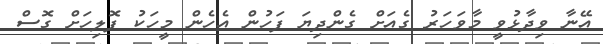
އޭނާ ވިދާޅުވީ މާވަހަރު ގެއަށް ގެންދިޔަ ފަހުން އެހެން މީހަކު ފޮލިހަށް ގޮސް